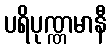
ပရိပုဏ္ဏမာနီ